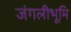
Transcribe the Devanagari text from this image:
जंगलीभूमि